Document type: Sale
Year: 1461
Scribe: [Unknown]
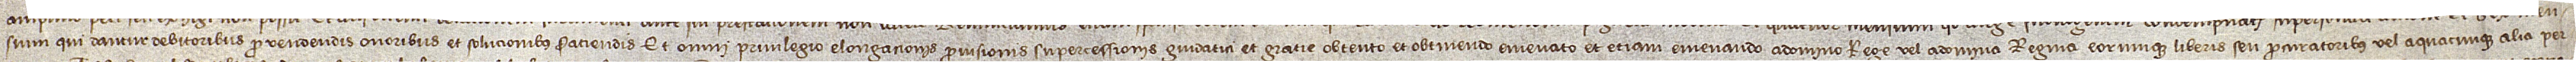
sium qui dantur debitoribus pro vendendis onoribus et solucionibus faciendis, et omni privilegio elongacionis, provisionis, supercessionis guidatici et gratie obtento et obtinendo, emenato et etiam emenando, a domino rege vel a domina regina eorumque liberis seu procuratoribus vel a quacunque alia per-